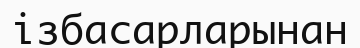
ізбасарларынан